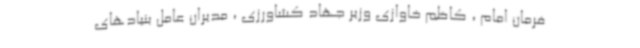
فرمان امام ، کاظم خاوازی وزیر جهاد کشاورزی ، مدیران عامل بنیادهای